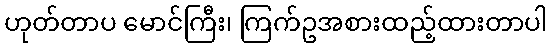
ဟုတ်တာပ မောင်ကြီး၊ ကြက်ဥအစားထည့်ထားတာပါ